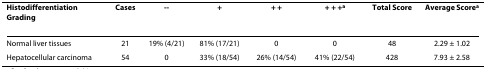
<table><thead><tr><td><b>Histodifferentiation Grading</b></td><td><b>Cases</b></td><td><b>--</b></td><td><b>+</b></td><td><b>+ +</b></td><td><b>+ + +<sup>a</sup></b></td><td><b>Total Score</b></td><td><b>Average Score<sup>a</sup></b></td></tr></thead><tbody><tr><td>Normal liver tissues</td><td>21</td><td>19% (4/21)</td><td>81% (17/21)</td><td>0</td><td>0</td><td>48</td><td>2.29 ± 1.02</td></tr><tr><td>Hepatocellular carcinoma</td><td>54</td><td>0</td><td>33% (18/54)</td><td>26% (14/54)</td><td>41% (22/54)</td><td>428</td><td>7.93 ± 2.58</td></tr></tbody></table>